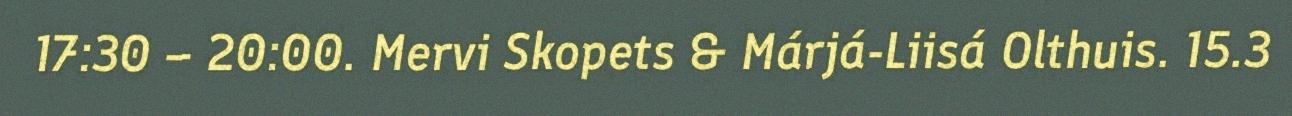
17:30 – 20:00. Mervi Skopets & Márjá-Liisá Olthuis. 15.3